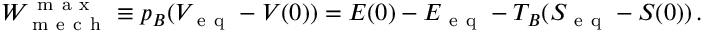
\begin{array} { r } { W _ { \mathrm { ~ m ~ e ~ c ~ h ~ } } ^ { \mathrm { ~ m ~ a ~ x ~ } } \equiv p _ { B } ( V _ { \mathrm { ~ e ~ q ~ } } - V ( 0 ) ) = E ( 0 ) - E _ { \mathrm { ~ e ~ q ~ } } - T _ { B } ( S _ { \mathrm { ~ e ~ q ~ } } - S ( 0 ) ) \, . } \end{array}